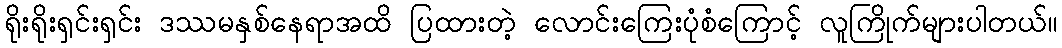
ရိုးရိုးရှင်းရှင်း ဒဿမနှစ်နေရာအထိ ပြထားတဲ့ လောင်းကြေးပုံစံကြောင့် လူကြိုက်များပါတယ်။